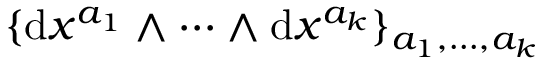
\{ \mathrm { d } x ^ { a _ { 1 } } \wedge \cdots \wedge \mathrm { d } x ^ { a _ { k } } \} _ { a _ { 1 } , \ldots , a _ { k } }